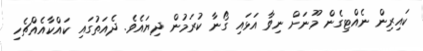
ކައިރިން ނެއްޓިގެން މޫނަށް ނިވާ އަޅައި ގޯނާ ކުރަމުން ދިޔައެވެ. ދެއަތުގައި ކައްކާއެއްޗެހި